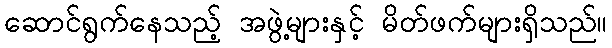
ဆောင်ရွက်နေသည့် အဖွဲ့များနှင့် မိတ်ဖက်များရှိသည်။